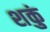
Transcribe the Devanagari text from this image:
शकुं